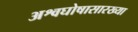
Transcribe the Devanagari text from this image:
अश्वघोषासारख्या